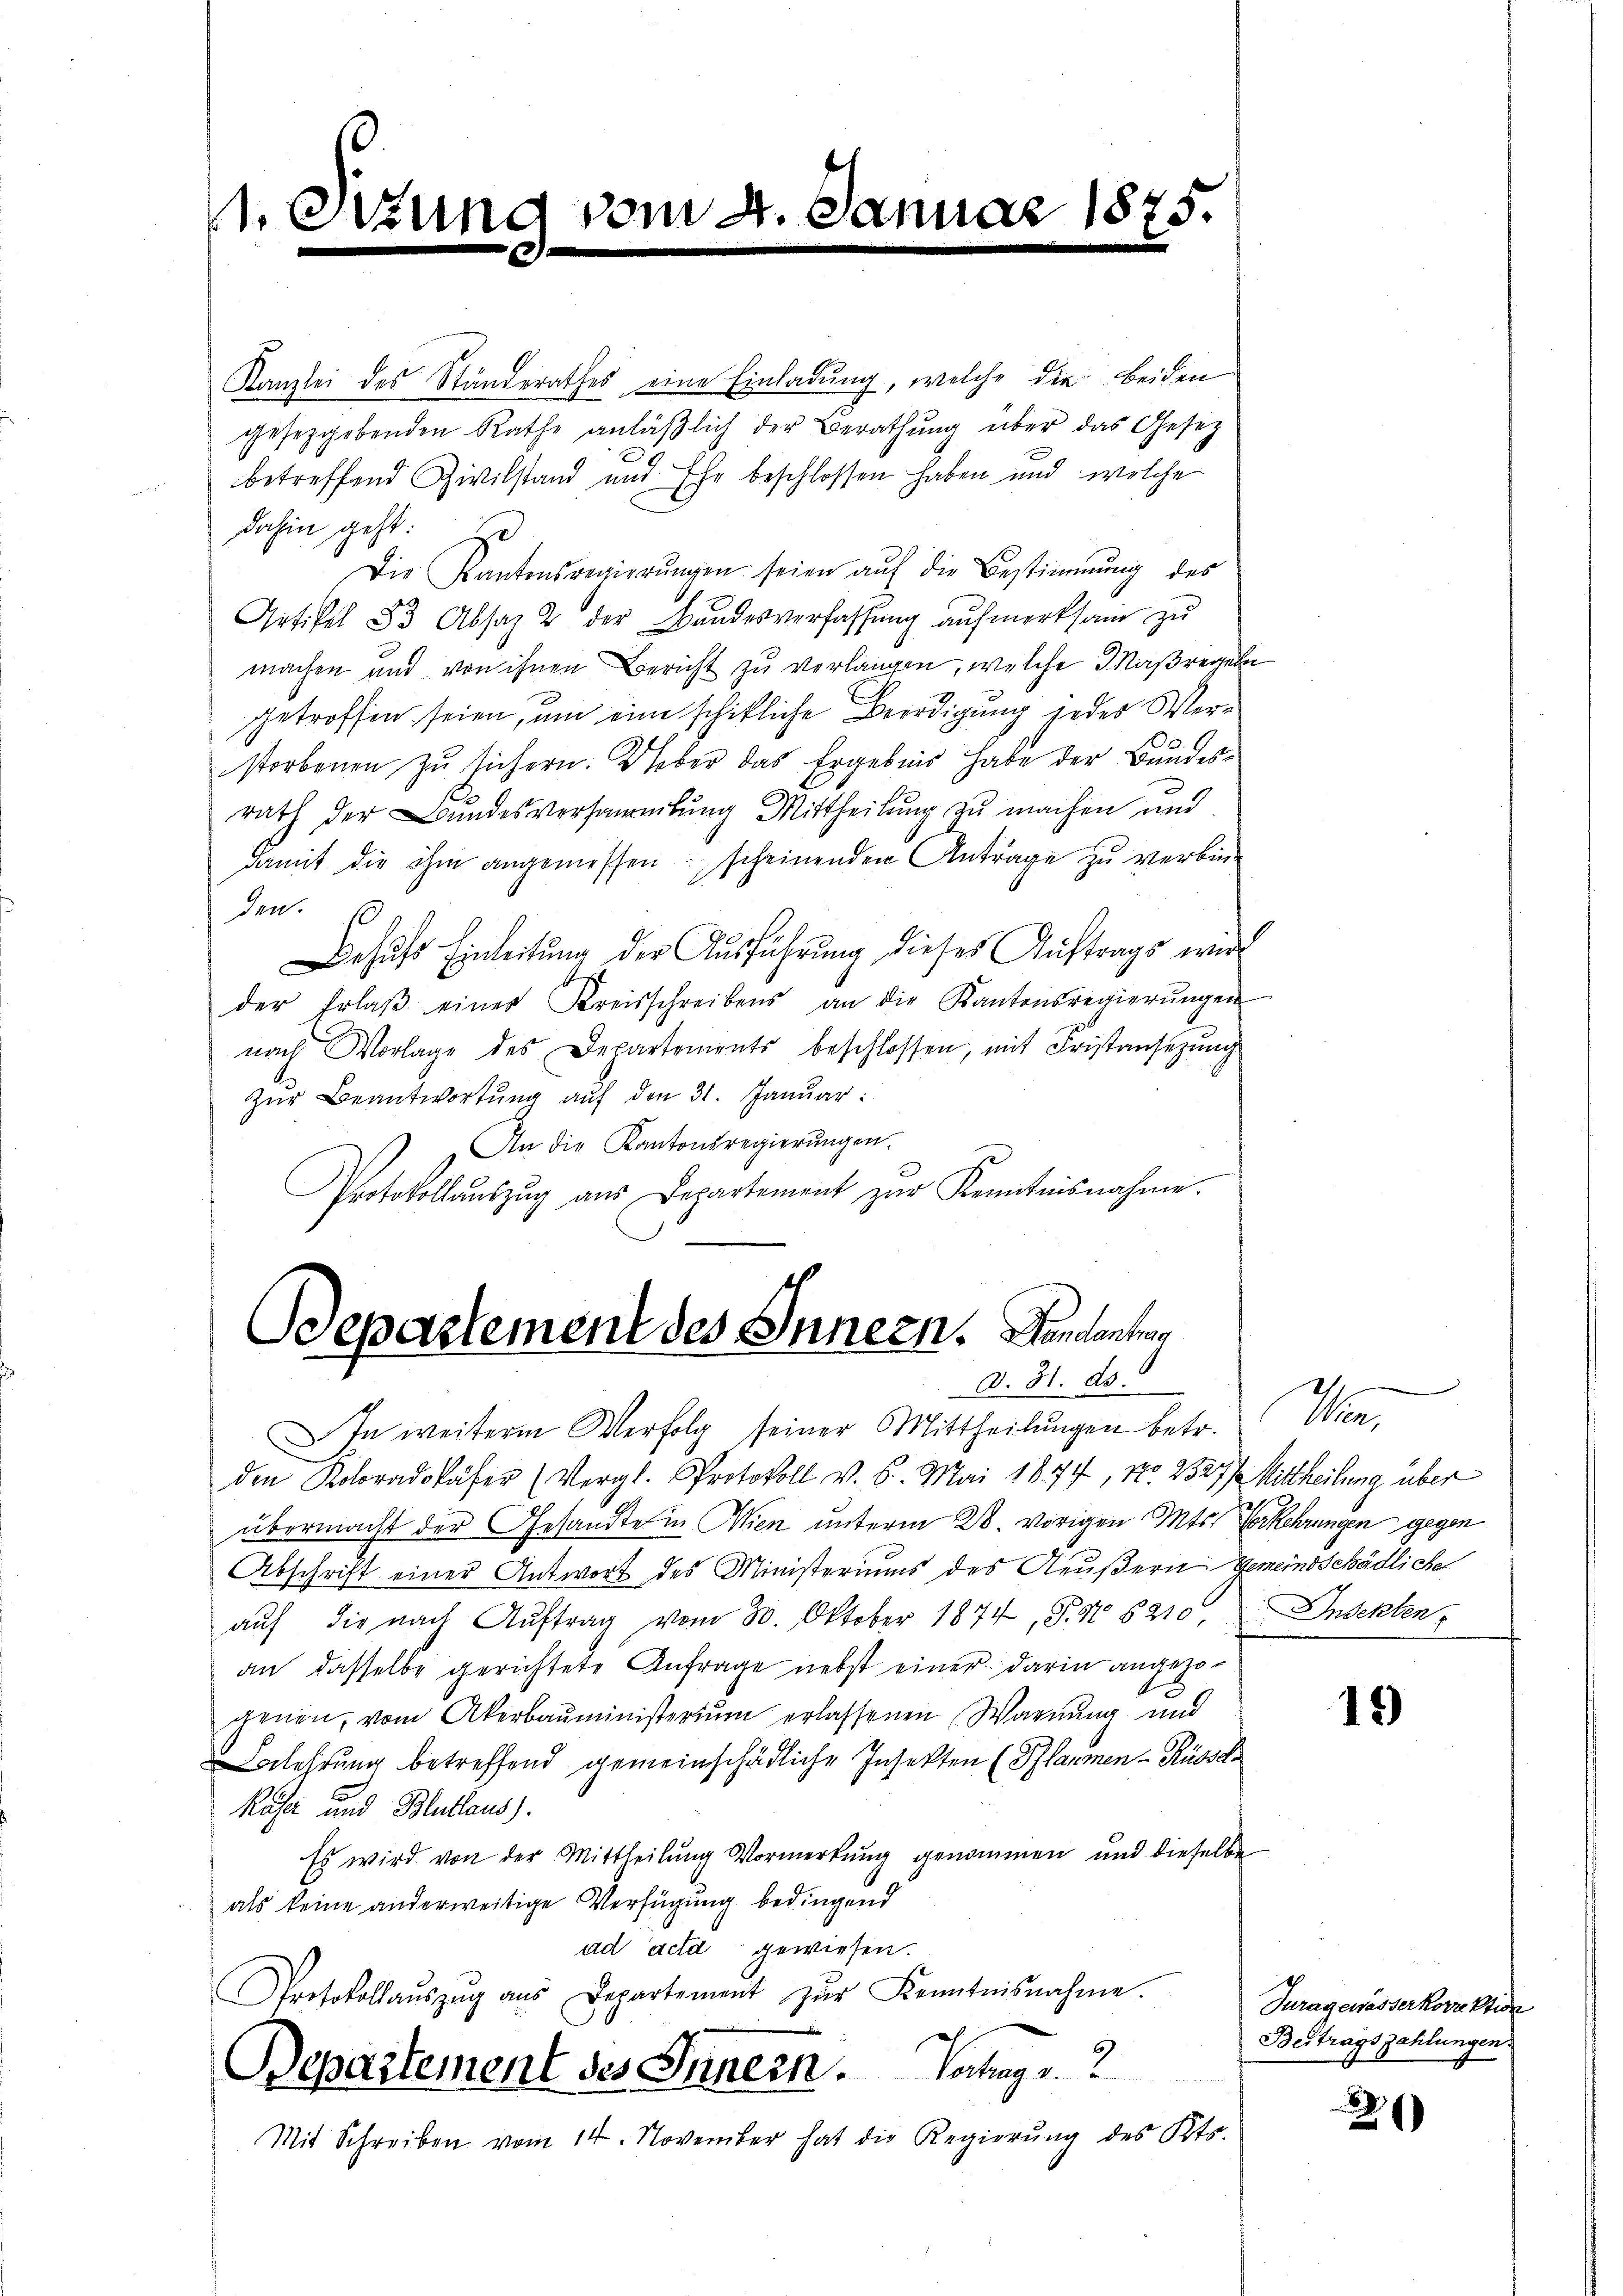
1 Etzung vom 4. Januar 1875.

Kanzlei des Ständerathes eine Einladung, welche die beiden
gesetzgebenden Rathe anläβlich der Berathung über das Gesez
betreffend Zivilstand und Ehe beschlossen haben und welche
dahin geht. Es
Die Kantonsregierŭngen seien aŭf die Bestimmung des
Artikel 83 Absaz 2 der Bandesverfassŭng aŭfmerksam zŭ
machen und von ihnen Bericht zu verlangen, welche Maßregeln
getroffen seien, um eine schikliche Beerdigung jedes Verstorbenen zu sichern. Ueber das Ergebnis habe der Bundesrath der Bundesversammlung Mittheilung zu machen und
damit die ihm angemessenscheinenden Antrage zu verbin-
den.
Dehufs Einleitung der Ausführung dieses Auftrags wird
der Erlaβ einer Kreisschreibens an die Kantonsregierŭngen
nach Vorlage des Departements beschlossen, mit Fristansezung
Zŭr Beantwortung auf den 31. Januar:
An die Kantonsregierungen.
Protokollaŭszŭg aŭs Departement zŭr Kenntnisnahme.

Odepartement des Innern. Bundenten
d. 31. ds.

In weiterm Verfolg seiner Mittheilungen betr.
den Koloradokäser (Vergl. Protokoll v. 6. Mai 1874, No. 2327) Mittheilung über
übermacht der Gesandte in Wien unterm 28. vorigen Mts. Verkehrungen gegen
Abschrift einer Antwort des Ministeriums des Aeußern Gemeindschädliche
aŭf die nach Aŭftrag vom 30. Oktober 1874, S. 97. 5210 Insekten,
an dasselbe gerichtete Anfrage nebst einer darin angezogenen, vom Akerbauministerium erlassenen Warnung und
lehrung betreffend gemeinschädliche Insekten (Pflaumen-Rüssch
Röse und Blutlaus).
Es wird von der Mittheilung Vormerkung genommen und dieselbe
als keine anderweitige Verfügung bedingend
ad acta gewiesen.
Protokollaŭszŭg aŭs Departement zŭr Kenntnisnahme.
Bepartement des Innern. Vortrag v. 2
Mit Schreiben vom 14. November hat die Regierŭng des Kts.

M

19)

Juragewässerkorrektion
Beitragszahlungen.

89
2